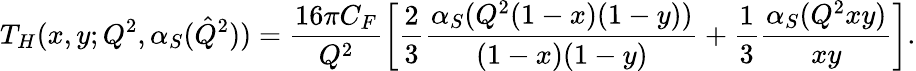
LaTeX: T_{H}(x,y;Q^{2},\alpha_{S}(\hat{Q}^{2}))=\frac{16\pi C_{F}}{Q^{2}}\left[\frac 23\frac{\alpha_{S}(Q^{2}(1-x)(1-y))}{(1-x)(1-y)}+\frac 13\frac{\alpha_{S}(Q^{2}xy)}{xy}\right].